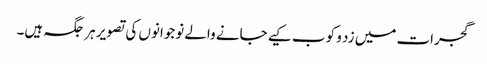
گجرات میں زد و کوب کیے جانے والے نوجوانوں کی تصویر ہر جگہ ہیں۔